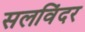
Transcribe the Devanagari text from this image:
सलविंदर